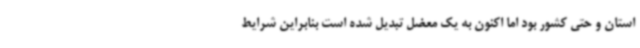
استان و حتی کشور بود اما اکنون به یک معضل تبدیل شده است بنابراین شرایط